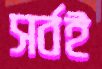
সর্বই